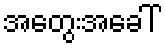
အတွေးအခေါ်